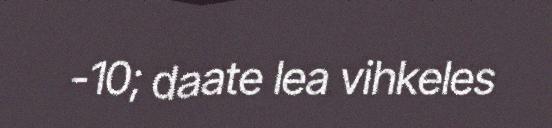
-10; daate lea vihkeles